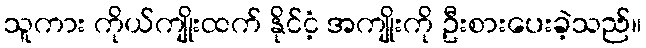
သူကား ကိုယ်ကျိုးထက် နိုင်ငံ့ အကျိုးကို ဦးစားပေးခဲ့သည်။